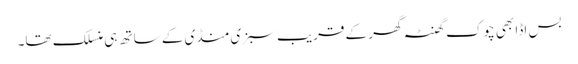
بس اڈا بھی چوک گھنٹہ گھر کے قریب سبزی منڈی کے ساتھ ہی منسلک تھا۔